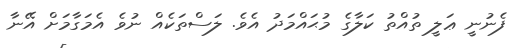
ފެނުނީ ޢަލީ ތުއްތު ކަލާގެ މުޙައްމަދު އެވެ. ލަސްތަކެއް ނުވެ އެމަގާމަށް އޭނާ